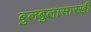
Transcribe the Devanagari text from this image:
बुलबुलासारखी